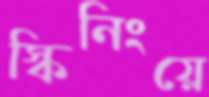
স্কিনিংয়ে